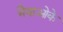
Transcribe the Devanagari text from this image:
भैयाओके